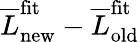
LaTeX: \overline{{L}}_{\mathrm{new}}^{\mathrm{fit}}-\overline{{L}}_{\mathrm{old}}^{\mathrm{fit}}